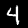
Label: 4